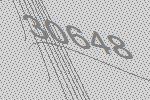
30648